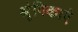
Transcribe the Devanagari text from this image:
श्रृंगिकाएं